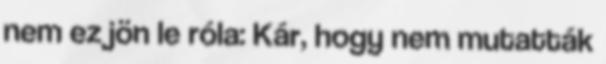
nem ez jön le róla: Kár, hogy nem mutatták